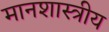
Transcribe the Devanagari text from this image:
मानशास्त्रीय